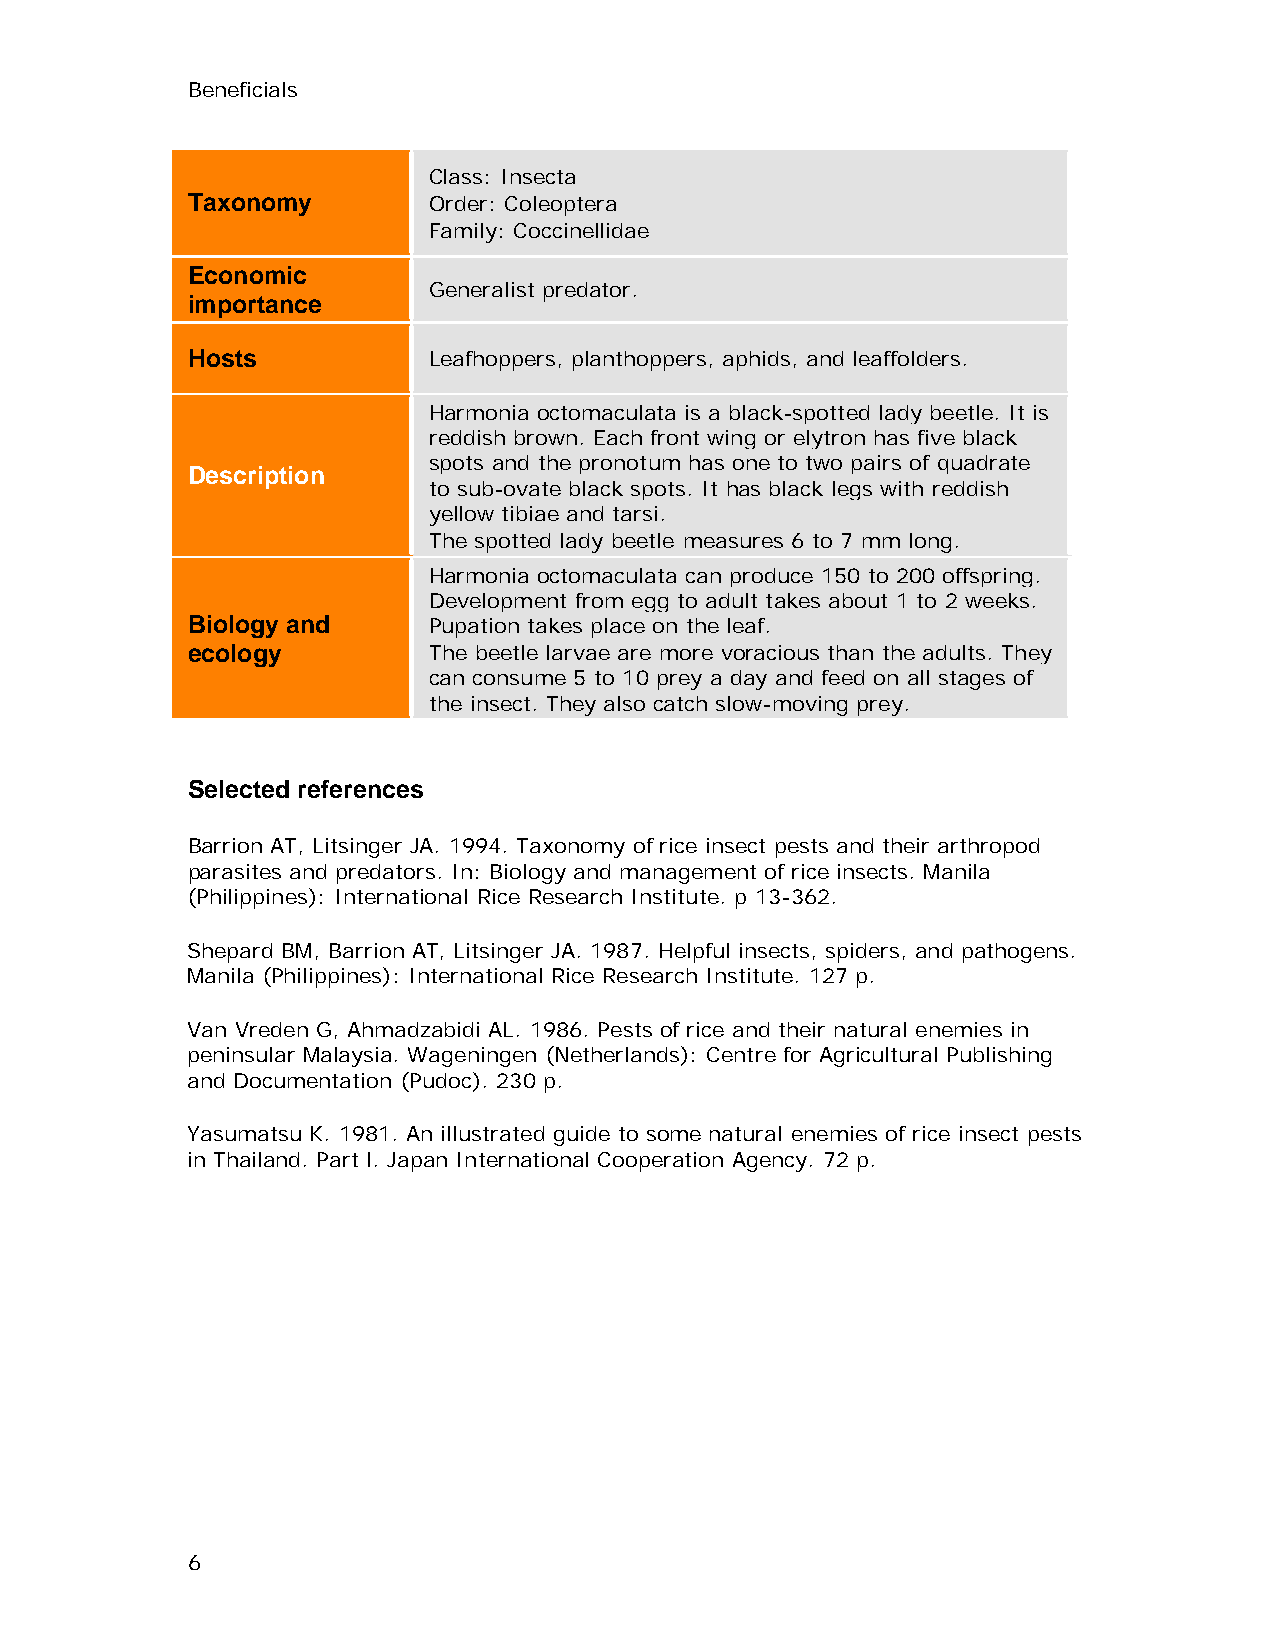
Beneficials
 Class: Insecta
 Taxonomy        Order: Coleoptera
 Family: Coccinellidae
 Economic
 Generalist predator.
 importance
 Hosts           Leafhoppers, planthoppers, aphids, and leaffolders.
 Harmonia octomaculata is a black-spotted lady beetle. It is
 reddish brown. Each front wing or elytron has five black
 spots and the pronotum has one to two pairs of quadrate
 Description
 to sub-ovate black spots. It has black legs with reddish
 yellow tibiae and tarsi.
 The spotted lady beetle measures 6 to 7 mm long.
 Harmonia octomaculata can produce 150 to 200 offspring.
 Development from egg to adult takes about 1 to 2 weeks.
 Biology and     Pupation takes place on the leaf.
 ecology         The beetle larvae are more voracious than the adults. They
 can consume 5 to 10 prey a day and feed on all stages of
 the insect. They also catch slow-moving prey.
 Selected references
 Barrion AT, Litsinger JA. 1994. Taxonomy of rice insect pests and their arthropod
 parasites and predators. In: Biology and management of rice insects. Manila
 (Philippines): International Rice Research Institute. p 13-362.
 Shepard BM, Barrion AT, Litsinger JA. 1987. Helpful insects, spiders, and pathogens.
 Manila (Philippines): International Rice Research Institute. 127 p.
 Van Vreden G, Ahmadzabidi AL. 1986. Pests of rice and their natural enemies in
 peninsular Malaysia. Wageningen (Netherlands): Centre for Agricultural Publishing
 and Documentation (Pudoc). 230 p.
 Yasumatsu K. 1981. An illustrated guide to some natural enemies of rice insect pests
 in Thailand. Part l. Japan International Cooperation Agency. 72 p.
 6